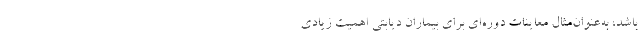
باشد، به‌عنوان‌مثال معاینات دوره‌ای برای بیماران دیابتی اهمیت زیادی